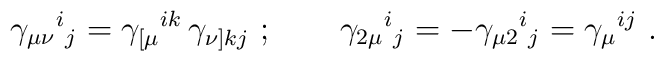
\gamma _{\mu \nu }{}^i{}_j=\gamma _{[\mu }{}^{ik}\,\gamma_{\nu]kj}\ ;\qquad\gamma _{2\mu }{}^i{}_{j}=-\gamma _{\mu 2}{}^i{}_{j}=\gamma _\mu{}^{ij} \ .